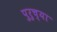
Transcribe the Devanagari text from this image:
पुरुच्या